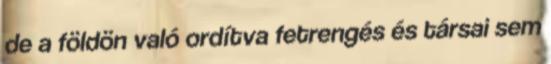
de a földön való ordítva fetrengés és társai sem